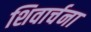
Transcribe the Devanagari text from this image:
शिवार्चना